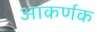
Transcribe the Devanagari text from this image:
आकर्णक